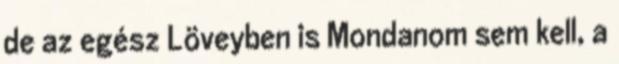
de az egész Löveyben is Mondanom sem kell, a